Annual administration report of the Civil Veterinary Department of India - 1901-1902
Year: 1901
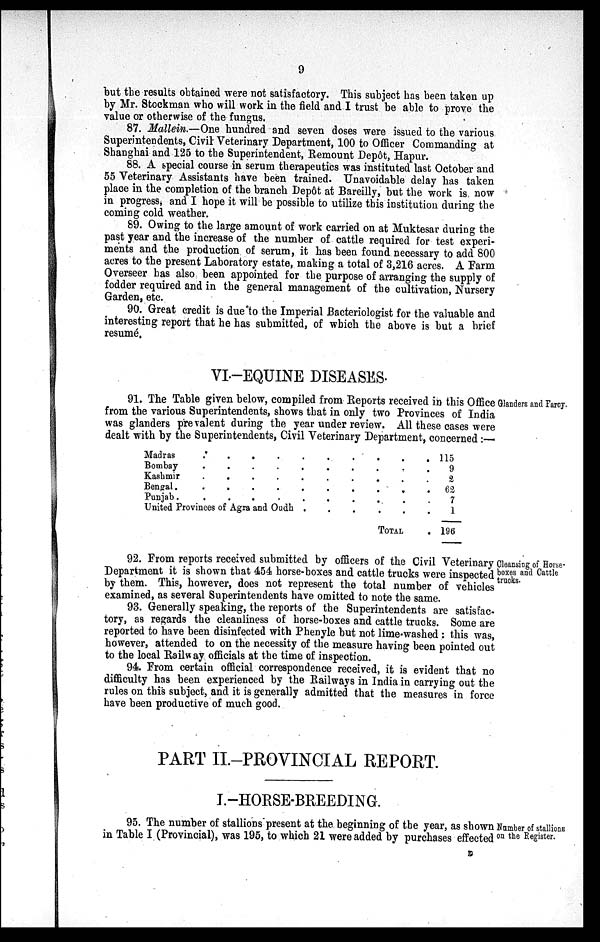
9
but the results obtained were not satisfactory. This subject has been taken up
by Mr. Stockman who will work in the field and I trust be able to prove the
value or otherwise of the fungus.
87. Mallein.—One hundred and seven doses were issued to the various
Superintendents, Civil Veterinary Department, 100 to Officer Commanding at
Shanghai and 125 to the Superintendent, Remount Depôt, Hapur.
88. A special course in serum therapeutics was instituted last October and
55 Veterinary Assistants have been trained. Unavoidable delay has taken
place in the completion of the branch Depôt at Bareilly, but the work is now
in progress, and I hope it will be possible to utilize this institution during the
coming cold weather.
89. Owing to the large amount of work carried on at Muktesar during the
past year and the increase of the number of cattle required for test experi-
ments and the production of serum, it has been found necessary to add 800
acres to the present Laboratory estate, making a total of 3,216 acres. A Farm
Overseer has also been appointed for the purpose of arranging the supply of
fodder required and in the general management of the cultivation, Nursery
Garden, etc.
90. Great credit is due to the Imperial Bacteriologist for the valuable and
interesting report that he has submitted, of which the above is but a brief
resumé.
VI-EQUINE DISEASES.
Glanders and Farcy.
91. The Table given below, compiled from Reports received in this Office
from the various Superintendents, shows that in only two Provinces of India
was glanders prevalent during the year under review. All these cases were
dealt with by the Superintendents, Civil Veterinary Department, concerned :—
Madras
Bombay
Kashmir
Bengal .
Punjab .
.
.
.
.
.
.
.
.
.
.
.
.
.
.
.
.
.
.
.
.
United Provinces of Agra and Oudh
.
.
.
.
.
.
.
.
.
.
.
.
.
.
.
.
.
.
.
.
.
.
.
.
.
.
.
.
.
.
TOTAL
.
.
.
.
.
.
.
115
9
2
62
7
1
196
Cleansing of Horse-
boxes and Cattle
trucks.
92. From reports received submitted by officers of the Civil Veterinary
Department it is shown that 454 horse-boxes and cattle trucks were inspected
by them. This, however, does not represent the total number of vehicles
examined, as several Superintendents have omitted to note the same.
93. Generally speaking, the reports of the Superintendents are satisfac-
tory, as regards the cleanliness of horse-boxes and cattle trucks. Some are
reported to have been disinfected with Phenyle but not lime-washed : this was,
however, attended to on the necessity of the measure having been pointed out
to the local Railway officials at the time of inspection.
94. From certain official correspondence received, it is evident that no
difficulty has been experienced by the Railways in India in carrying out the
rules on this subject, and it is generally admitted that the measures in force
have been productive of much good.
PART II.-PROVINCIAL REPORT.
I.-HORSE-BREEDING.
Number of stallions
on the Register.
95. The number of stallions present at the beginning of the year, as shown
in Table I (Provincial), was 195, to which 21 were added by purchases effected
D